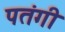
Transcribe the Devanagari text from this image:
पतंगी